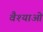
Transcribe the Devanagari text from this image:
वैश्याओं